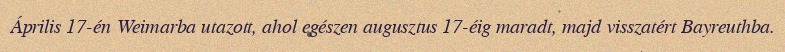
Április 17-én Weimarba utazott, ahol egészen augusztus 17-éig maradt, majd visszatért Bayreuthba.